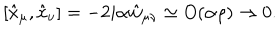
[ \hat { x } _ { \mu } , \hat { x } _ { \nu } ] = - 2 i \alpha \hat { w } _ { \mu \nu } \simeq O ( \alpha \rho ) \rightarrow 0 .